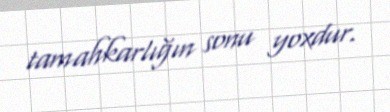
tamahkarlığın sonu yoxdur.